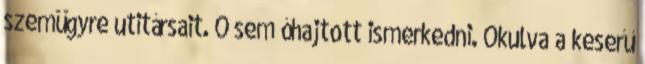
szemügyre utitársait. Ő sem óhajtott ismerkedni. Okulva a keserű